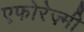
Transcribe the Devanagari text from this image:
एफोरेज़्मी